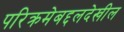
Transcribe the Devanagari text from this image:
परिक्रमेबद्दलदेखील